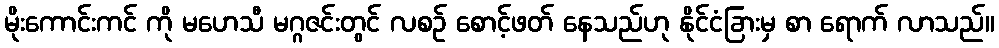
မိုးကောင်းကင် ကို မဟေသီ မဂ္ဂဇင်းတွင် လစဉ် စောင့်ဖတ် နေသည်ဟု နိုင်ငံခြားမှ စာ ရောက် လာသည်။